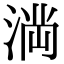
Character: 𭱎